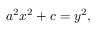
a ^ { 2 } x ^ { 2 } + c = y ^ { 2 } ,